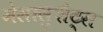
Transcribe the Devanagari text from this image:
मेसासुशैट्स